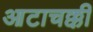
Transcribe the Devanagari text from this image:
आटाचक्की